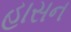
હાસન